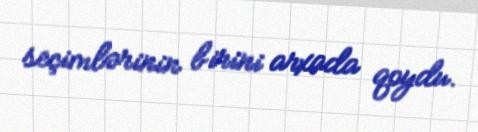
seçimlərinin birini arxada qoydu.